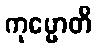
ကုမ္မောတိ